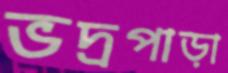
ভদ্রপাড়া